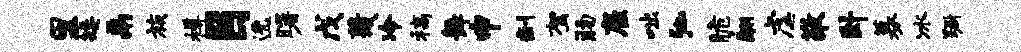
里矮鬲族樽目逸曙戊蔑冷稿舞申剩驾肠雇咄弛脆翮虐敬卧募冰蹰